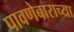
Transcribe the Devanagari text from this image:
पावणेबाराच्या